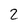
Character: 2